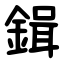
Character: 鍓